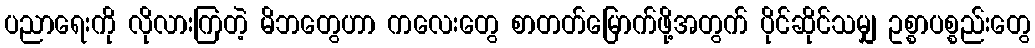
ပညာရေးကို လိုလားကြတဲ့ မိဘတွေဟာ ကလေးတွေ စာတတ်မြောက်ဖို့အတွက် ပိုင်ဆိုင်သမျှ ဥစ္စာပစ္စည်းတွေ